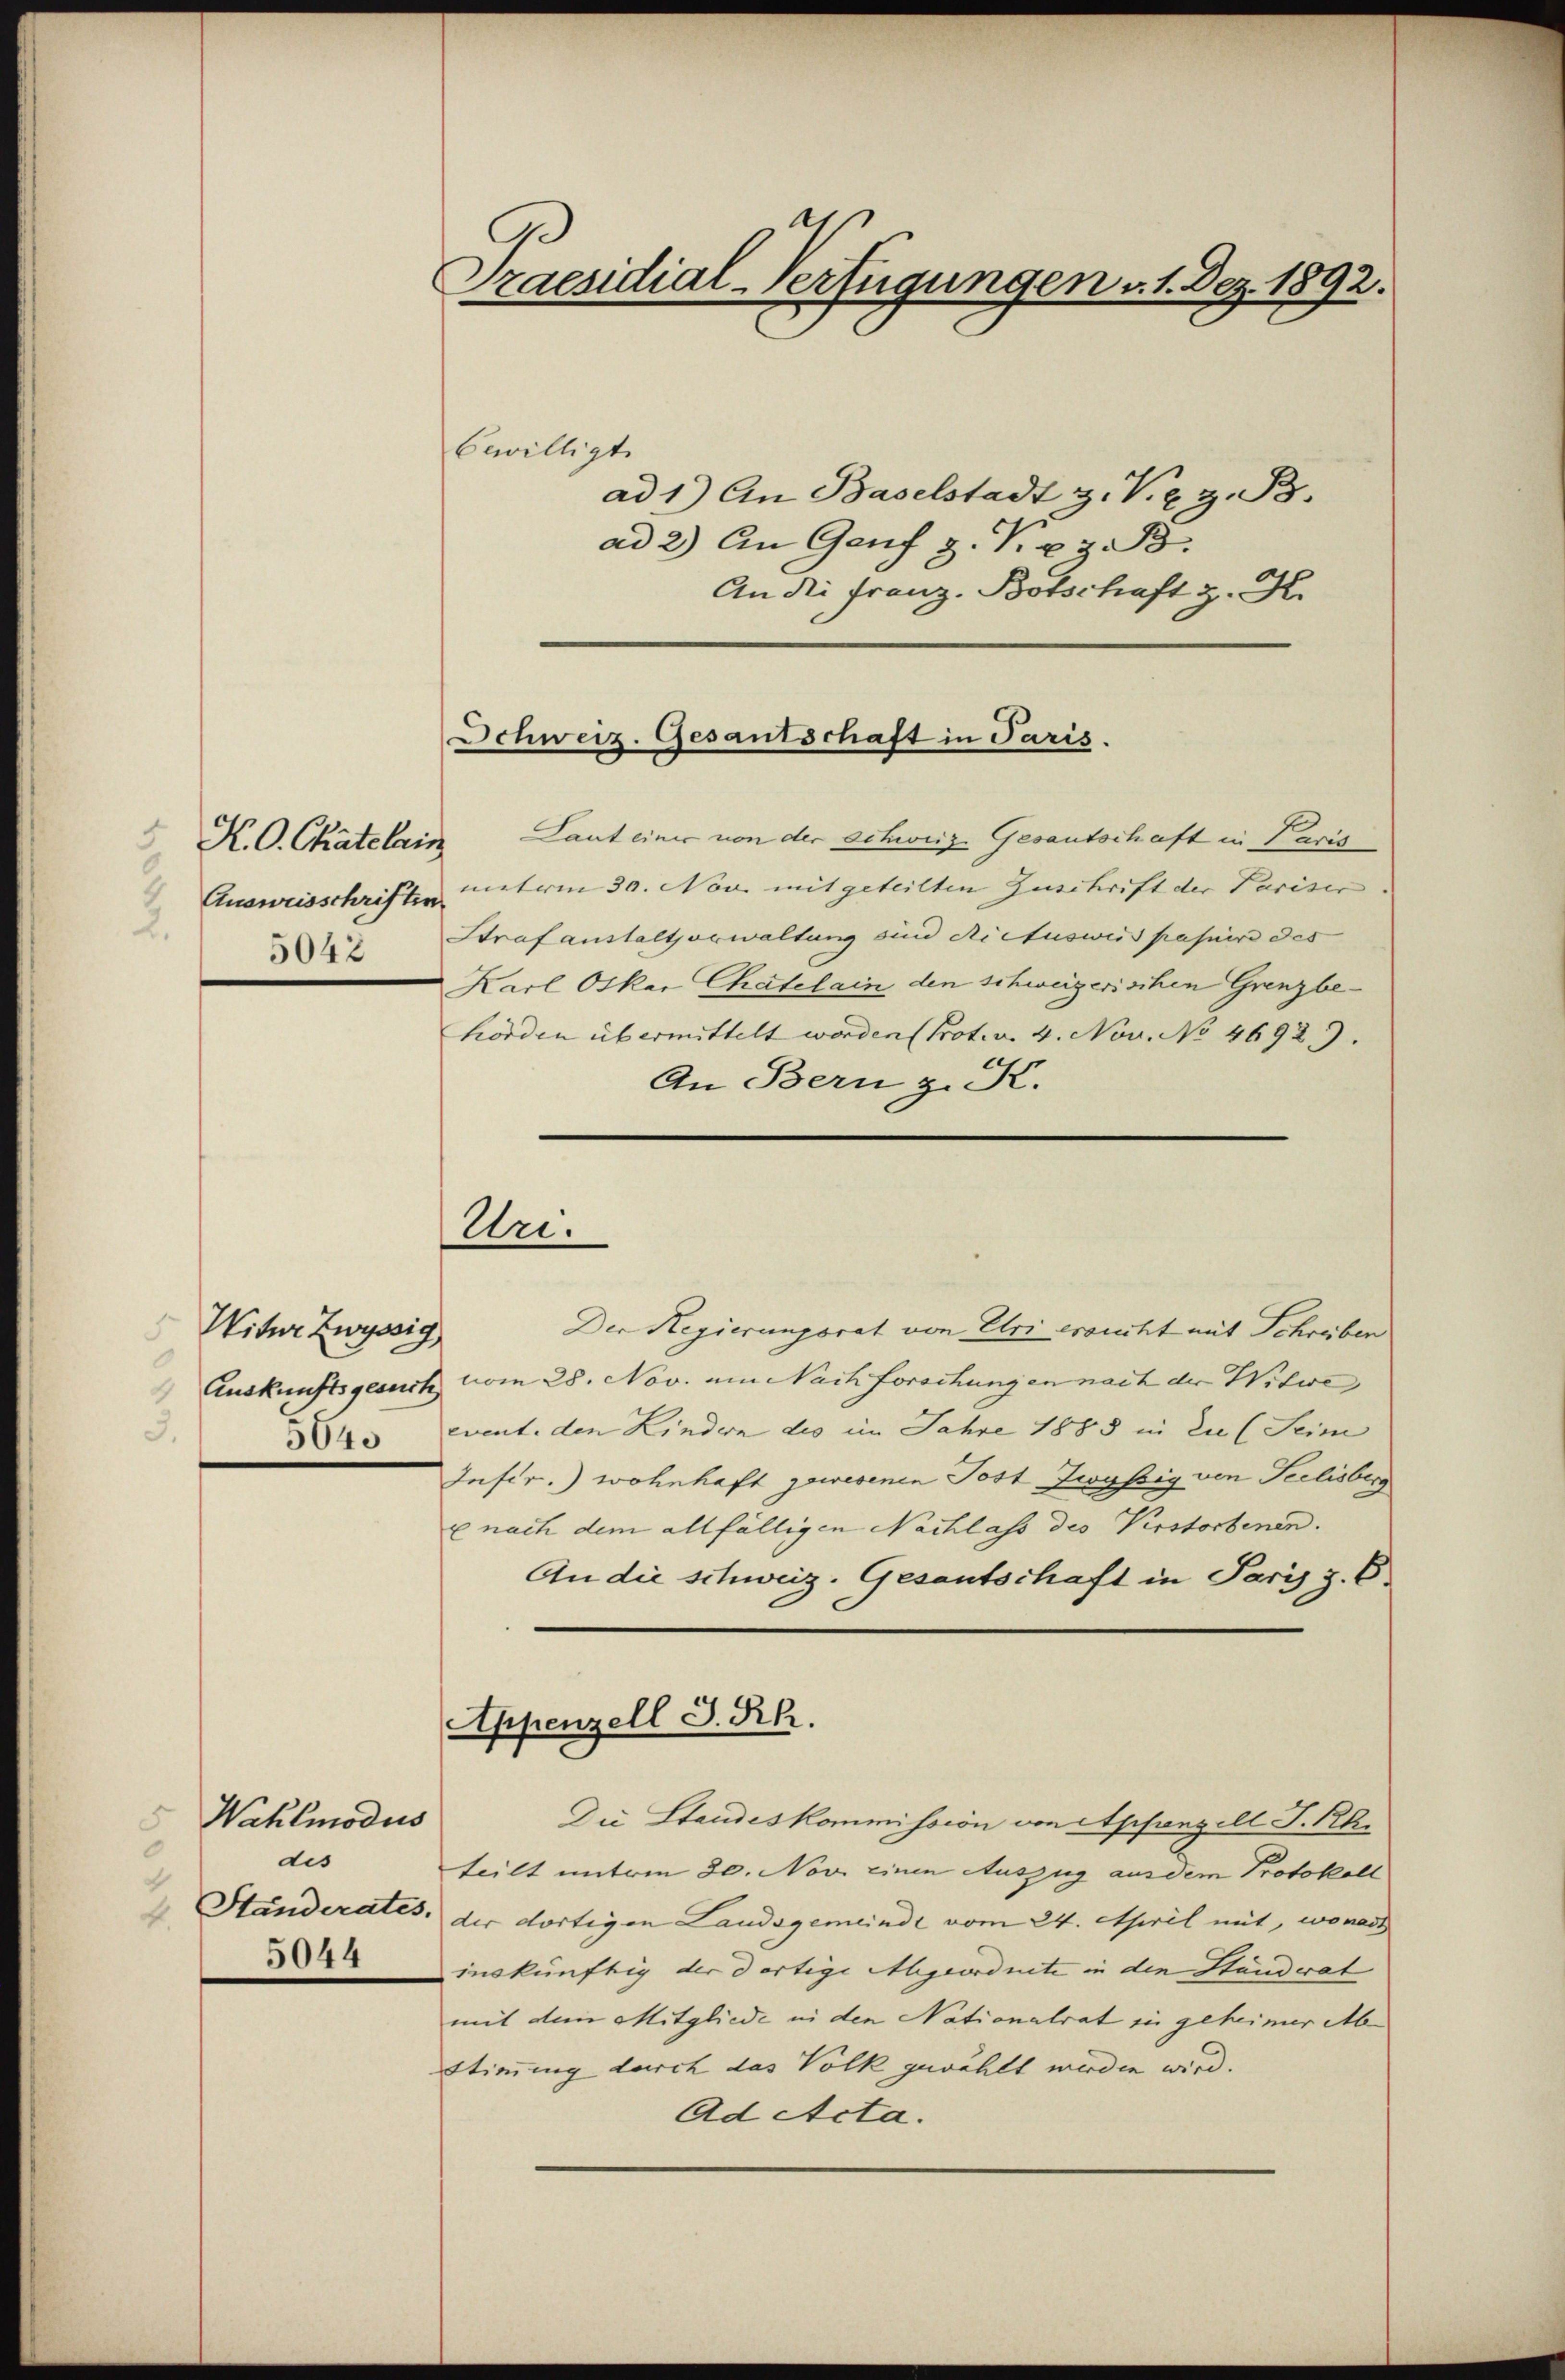
4
K.O. Chätelrin
Ausweisschriften.
4
2.
5042

Witer Zwyssig
3.
5640

Wahlmodus
5
dis
|
4.
5044

Praesidial-Verfügungen v. 1. Dez. 1892.

bewilligt
ad 1.) An Baselstadt z. Vie z. B.
ad 2.) An Genf z. R.e z. B.
An die Franz. Botschaft z. K.
Laut einer von der schweiz. Gesantschaft in Paris
meterm 30. Nov. mitgeteilten Zuschrift der Pariser.
Strafanstaltsorwaltung sind dictusweis passird des
Karl Oskar Chatelain den schweizerischen Grenzbehörden übermittelt worden (Prot. v. 4. Nov. No 4692.)
An Bern z. K.
Der Regierungsrat von Uri ersucht mit Schreiben
Auskunftsgesuch vom 28. Nov. am Nachforschungen nach der Witwe
event. den Lindern des im Jahre 1883 in die (Seim
Infir.) wohnhaft gewesenen Post Zwybig von Seelisberg
x nach dem allfälligen Nachlass des Verstorbenen.
An die schweiz. Gesantschaft in Paris z. B.
Appenzell I.Rh.
Die Standeskommission von Appenzell T. Rh.
teilt unterm 30. Nov. einen Auszug aus dem Protokoll
Ständerates, der dortigen Landsgemeinde vom 24. April mit, wonach
inskünftig der dortige Abgeordnete in den Ständerat
mit dem Mitgliede in den Nationalrat in geheimer Abr
Stimmung durch das Volk gewählt werden wird.
Ad Acta.

Schweiz. Gesantschaft in Paris.

Uri.